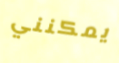
يمكنني